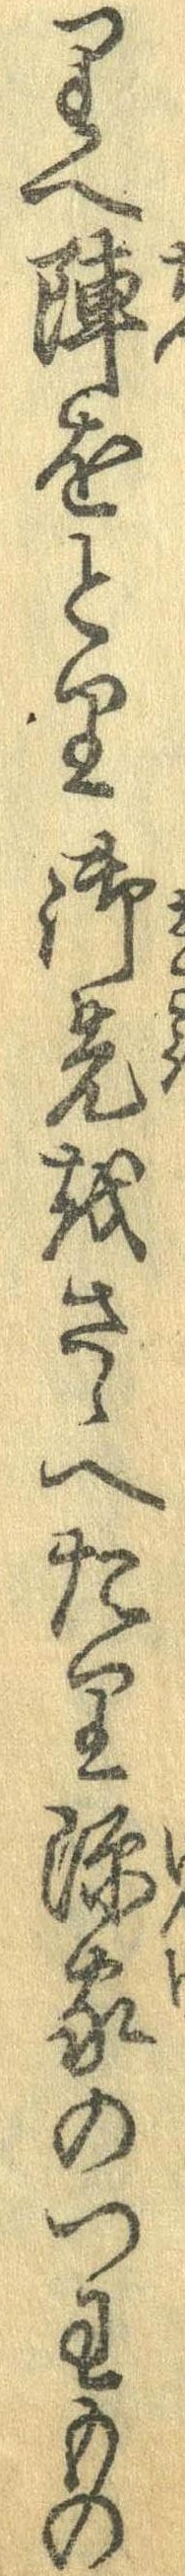
りへ陣をとり御先をさゝへたり源家のつわもの